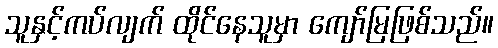
သူနှင့်ကပ်လျက် ထိုင်နေသူမှာ ကျော်မြဖြစ်သည်။